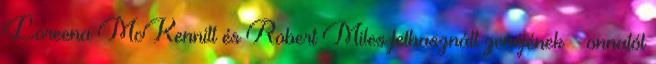
Loreena McKennitt és Robert Miles felhasznált zenéjének – onnatól